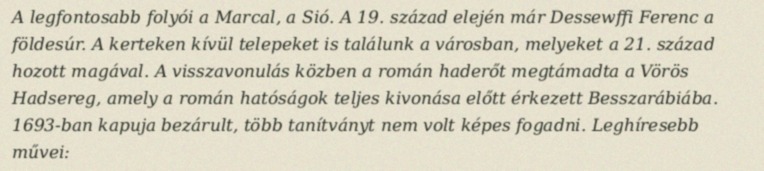
A legfontosabb folyói a Marcal, a Sió. A 19. század elején már Dessewffi Ferenc a földesúr. A kerteken kívül telepeket is találunk a városban, melyeket a 21. század hozott magával. A visszavonulás közben a román haderőt megtámadta a Vörös Hadsereg, amely a román hatóságok teljes kivonása előtt érkezett Besszarábiába. 1693-ban kapuja bezárult, több tanítványt nem volt képes fogadni. Leghíresebb művei: